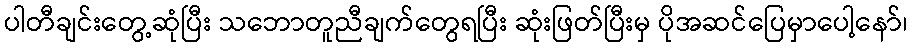
ပါတီချင်းတွေ့ဆုံပြီး သဘောတူညီချက်တွေရပြီး ဆုံးဖြတ်ပြီးမှ ပိုအဆင်ပြေမှာပေါ့နော်၊